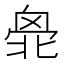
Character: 𠤣